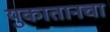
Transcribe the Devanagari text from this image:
युकातानचा